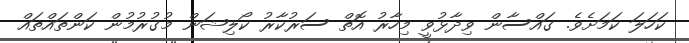
ކަހަލަ ކަމަށެވެ. ގައްސާން ވިދާޅުވީ މިހާރު އޮތް ސަރުކާރު ކޯލިޝަން މުގުރުމުން ކަންތައްތައް